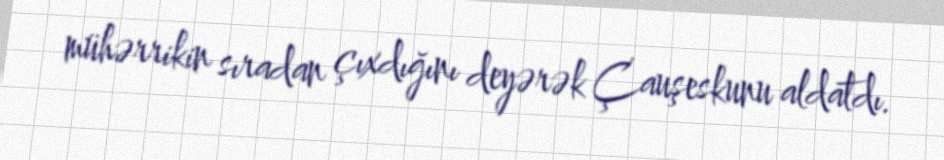
mühərrikin sıradan çıxdığını deyərək Çauşeskunu aldatdı.